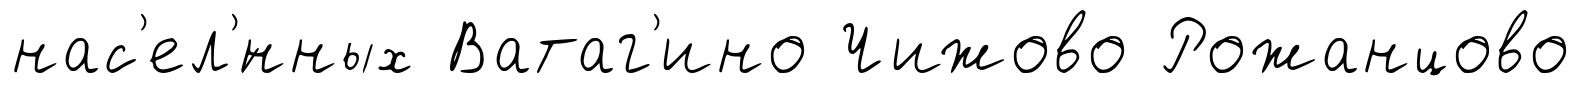
нас'ел'́нных Ватаг'ино Чижово Рожанцово